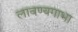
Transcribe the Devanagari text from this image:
लावण्यगाभा